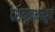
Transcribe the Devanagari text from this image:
दशमुखभयाद्भुवो